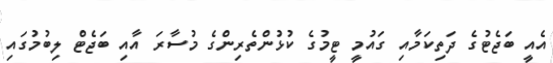
އެއީ ބަޖެޓުގެ ދަތިކަމާއި ގައުމީ ޓީމުގެ ކުޅުންތެރިންގެ މުސާރަ އާއި ބަޖެޓް ލިބުމުގައި